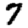
Digit: 7